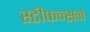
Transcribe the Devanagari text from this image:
स्टीफन्सने